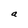
Character: a